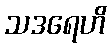
သဒရေဟိ